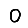
Digit: 0